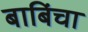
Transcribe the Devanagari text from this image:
बाबिंचा